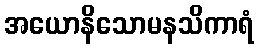
အယောနိသောမနသိကာရံ